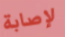
لإصابة